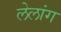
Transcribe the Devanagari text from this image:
लेलांग